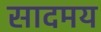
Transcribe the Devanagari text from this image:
सादमय